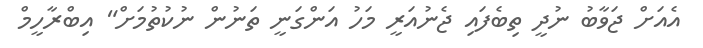
އެއަށް ޖަވާބު ނުދީ ތިބެފައި ޖެނުއަރީ މަހު އަންގަނީ ތަނުން ނުކުތުމަށް" އިބްރާހީމް